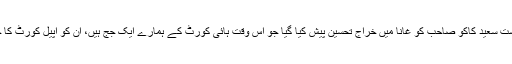
ایک مخلص دوست سعید کاکو صاحب کو غانا میں خراجِ تحسین پیش کیا گیا جو اس وقت ہائی کورٹ کے ہمارے ایک جج ہیں، ان کو اپیل کورٹ کا جج بنایا گیا ہے۔